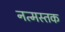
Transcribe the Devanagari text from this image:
नत्मस्तक